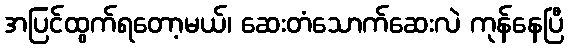
အပြင်ထွက်ရတော့မယ်၊ ဆေးတံသောက်ဆေးလဲ ကုန်နေပြီ